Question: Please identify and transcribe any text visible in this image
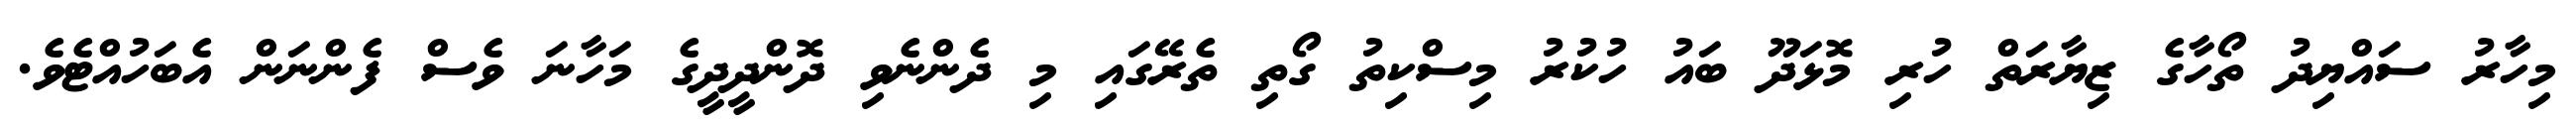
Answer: މިހާރު ސައްޔިދު ތޯހާގެ ޒިޔާރަތް ހުރި މޮޅަދޫ ބައު ހުކުރު މިސްކިތު ގޯތި ތެރޭގައި މި ދެންނެވި ދޮންދީދީގެ މަހާނަ ވެސް ފެންނަން އެބަހުއްޓެވެ.